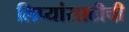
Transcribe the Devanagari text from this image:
लिप्यांसाठीची